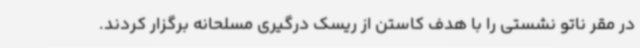
در مقر ناتو نشستی را با هدف کاستن از ریسک درگیری مسلحانه برگزار کردند.